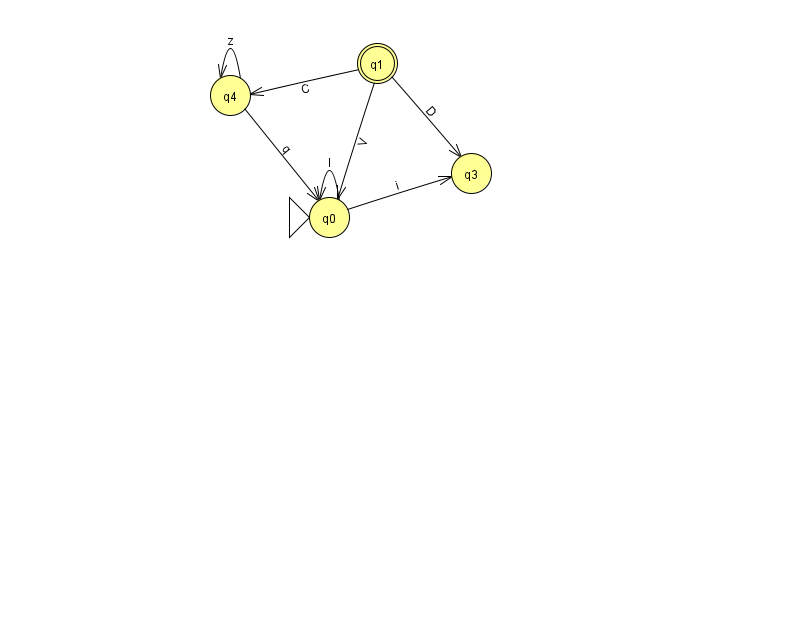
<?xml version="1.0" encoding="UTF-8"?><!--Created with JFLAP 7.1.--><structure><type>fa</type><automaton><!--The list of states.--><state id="0" name="q0"><x>329.0</x><y>204.0</y><initial/></state><state id="1" name="q1"><x>377.0</x><y>50.0</y><final/></state><state id="3" name="q3"><x>471.0</x><y>160.0</y></state><state id="4" name="q4"><x>230.0</x><y>82.0</y></state><!--The list of transitions.--><transition><from>1</from><to>4</to><read>C</read></transition><transition><from>0</from><to>0</to><read>I</read></transition><transition><from>0</from><to>3</to><read>i</read></transition><transition><from>1</from><to>3</to><read>D</read></transition><transition><from>4</from><to>4</to><read>z</read></transition><transition><from>1</from><to>0</to><read>V</read></transition><transition><from>4</from><to>0</to><read>q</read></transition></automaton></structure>